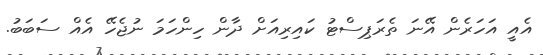
އެއީ އަހަރެން އޭނަ ތެރަޕިސްޓު ކައިރިއަށް ދާން ހިންހަމަ ނުޖެހޭ އެއް ސަބަބު.